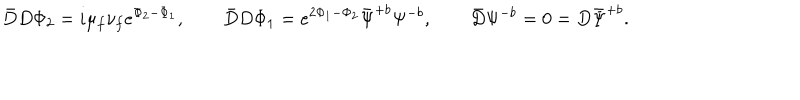
\bar { D } D \Phi _ { 2 } = i \mu _ { f } \nu _ { f } e ^ { \Phi _ { 2 } - \Phi _ { 1 } } , \qquad \bar { D } D \Phi _ { 1 } = e ^ { 2 \Phi _ { 1 } - \Phi _ { 2 } } \bar { \Psi } ^ { + b } \Psi ^ { - b } , \qquad \bar { D } \Psi ^ { - b } = 0 = D \bar { \Psi } ^ { + b } .